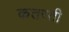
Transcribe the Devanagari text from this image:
कतरती